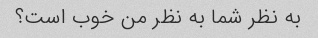
به نظر شما به نظر من خوب است؟